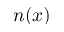
n ( x )